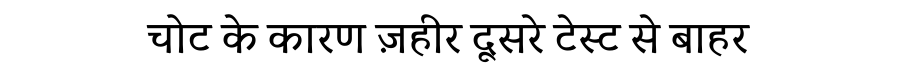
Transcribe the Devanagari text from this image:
चोट के कारण ज़हीर दूसरे टेस्ट से बाहर